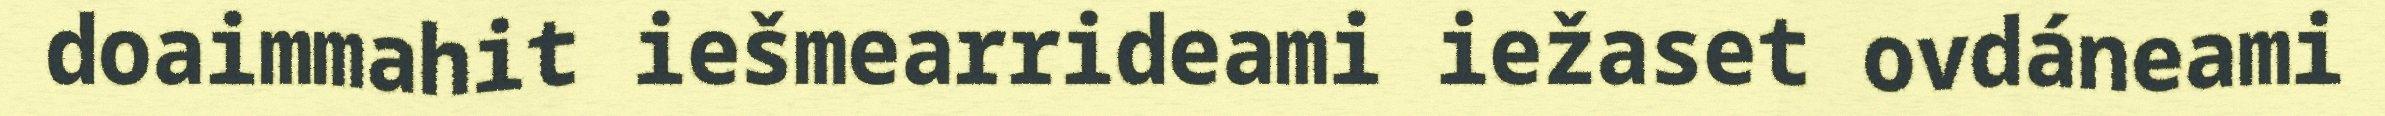
doaimmahit iešmearrideami iežaset ovdáneami